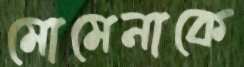
মোমেনাকে